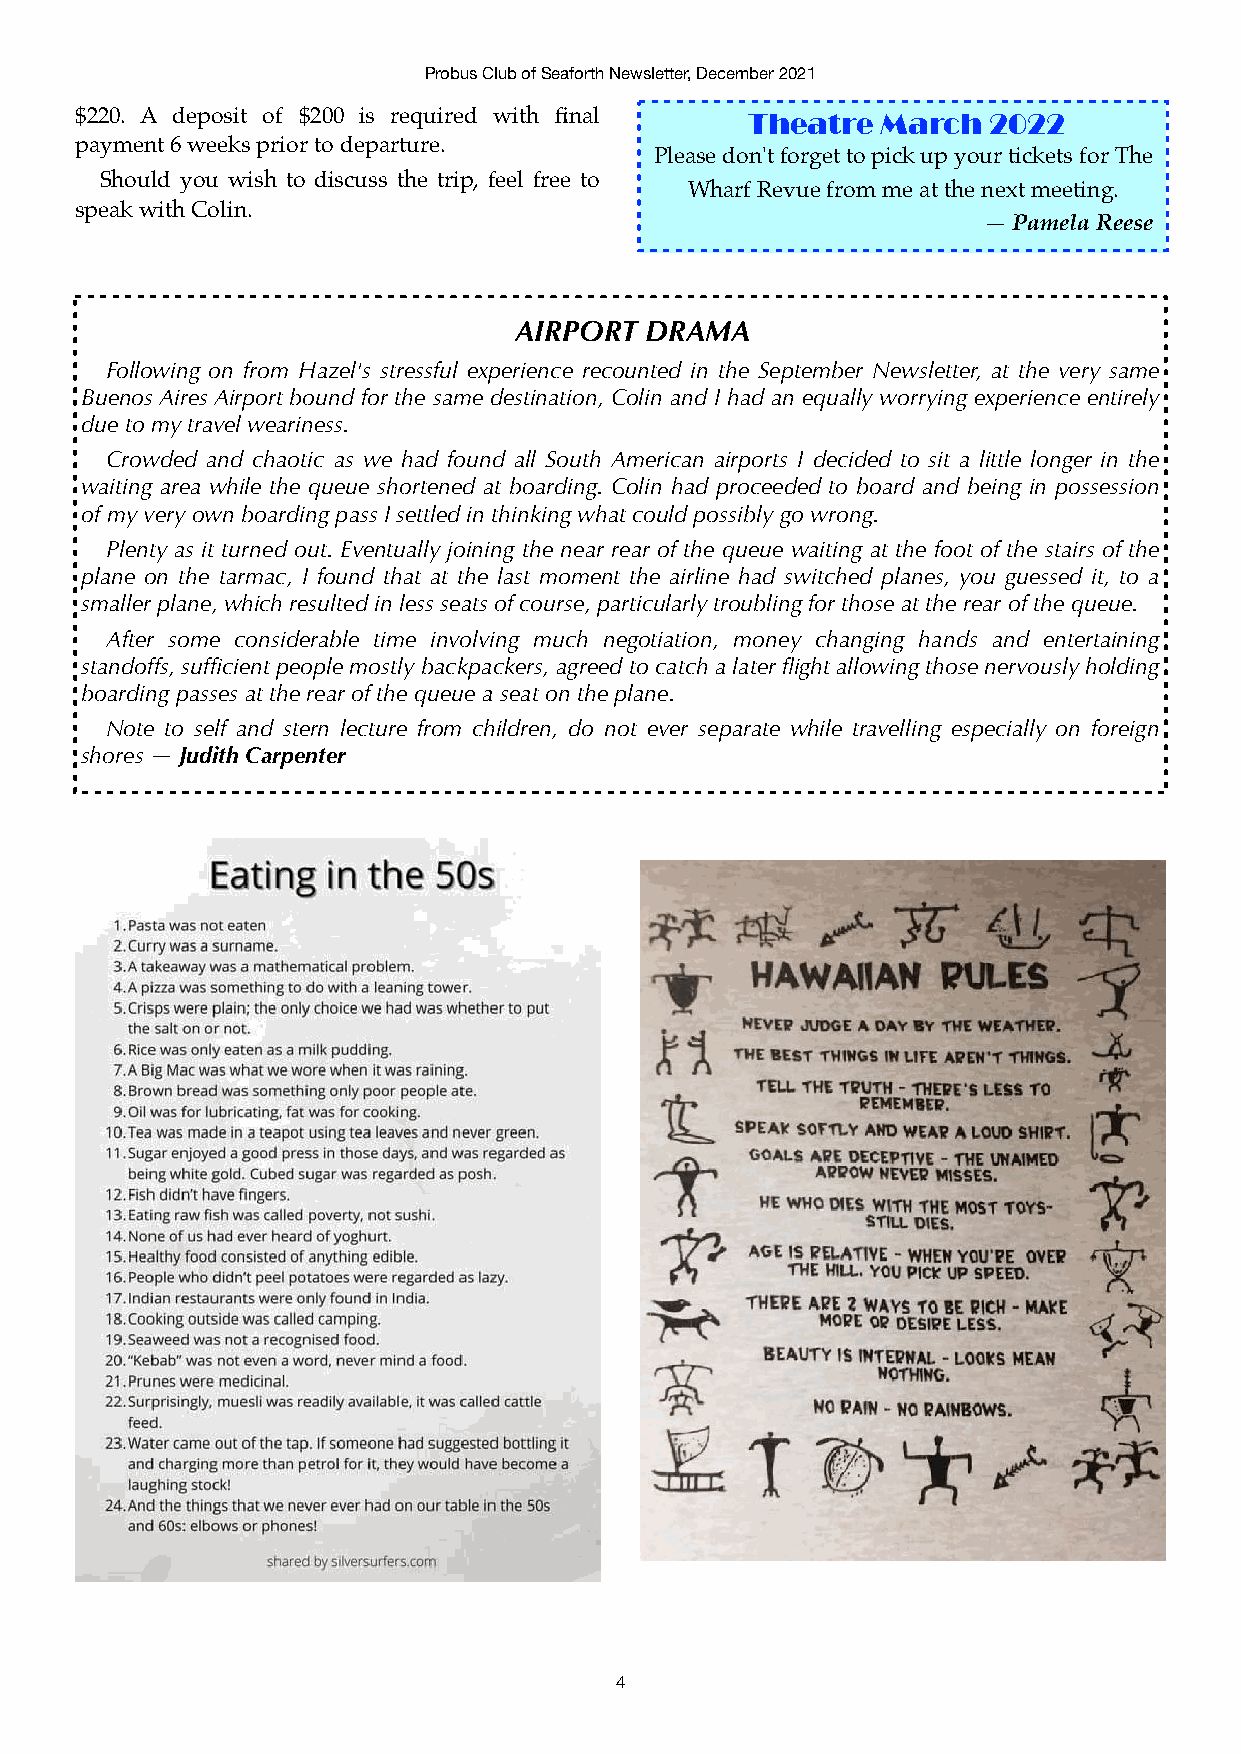
Probus Club of Seaforth Newsletter, December 2021
 $220. A deposit of $200 is required with final Theatre March 2022
 payment 6 weeks prior to departure.
 Please don't forget to pick up your tickets for The
 Should you wish to discuss the trip, feel free to
 Wharf Revue from me at the next meeting.
 speak with Colin.
 — Pamela Reese
 AIRPORT  DRAMA
 Following on from Hazel's stressful experience recounted in the September Newsletter, at the very same
 Buenos Aires Airport bound for the same destination, Colin and I had an equally worrying experience entirely
 due to my travel weariness.
 Crowded and chaotic as we had found all South American airports I decided to sit a little longer in the
 waiting area while the queue shortened at boarding. Colin had proceeded to board and being in possession
 of my very own boarding pass I settled in thinking what could possibly go wrong.
 Plenty as it turned out. Eventually joining the near rear of the queue waiting at the foot of the stairs of the
 plane on the tarmac, I found that at the last moment the airline had switched planes, you guessed it, to a
 smaller plane, which resulted in less seats of course, particularly troubling for those at the rear of the queue.
 After some considerable time involving much negotiation, money changing hands and entertaining
 standoffs, sufficient people mostly backpackers, agreed to catch a later flight allowing those nervously holding
 boarding passes at the rear of the queue a seat on the plane.
 Note to self and stern lecture from children, do not ever separate while travelling especially on foreign
 shores — Judith Carpenter
 4